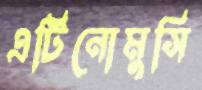
এটিনোমুসি